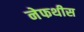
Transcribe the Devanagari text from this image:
नेफथीस